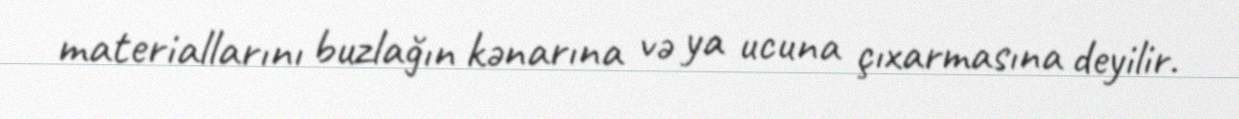
materiallarını buzlağın kənarına və ya ucuna çıxarmasına deyilir.